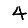
Digit: 4